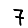
Digit: 7